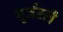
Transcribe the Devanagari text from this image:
गुर्जररी